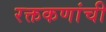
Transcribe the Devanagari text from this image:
रक्तकणांची